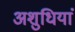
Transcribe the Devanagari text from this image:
अशुधियां